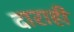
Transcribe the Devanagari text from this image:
दाराही